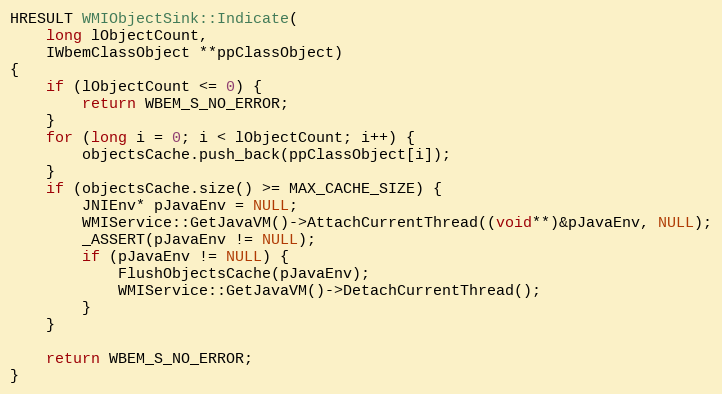
Language: C++
HRESULT WMIObjectSink::Indicate(
    long lObjectCount,
    IWbemClassObject **ppClassObject)
{
	if (lObjectCount <= 0) {
		return WBEM_S_NO_ERROR;
	}
	for (long i = 0; i < lObjectCount; i++) {
		objectsCache.push_back(ppClassObject[i]);
	}
	if (objectsCache.size() >= MAX_CACHE_SIZE) {
		JNIEnv* pJavaEnv = NULL;
		WMIService::GetJavaVM()->AttachCurrentThread((void**)&pJavaEnv, NULL);
		_ASSERT(pJavaEnv != NULL);
		if (pJavaEnv != NULL) {
			FlushObjectsCache(pJavaEnv);
			WMIService::GetJavaVM()->DetachCurrentThread();
		}
	}

	return WBEM_S_NO_ERROR;
}